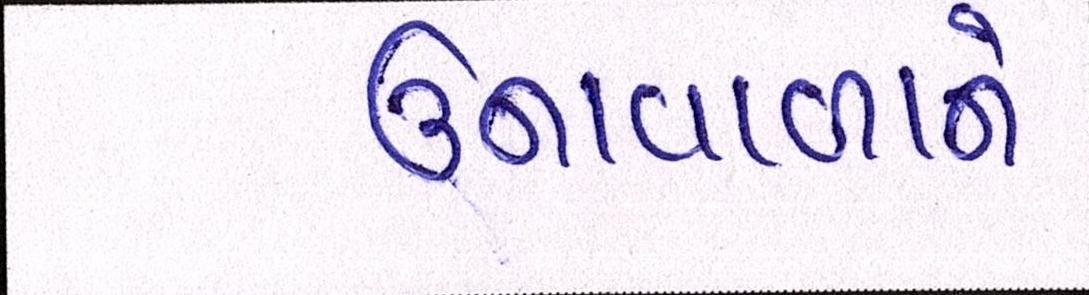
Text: ઉનાવાળાને